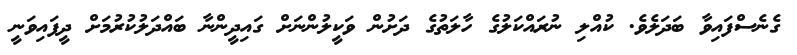
ގެނެސްފައިވާ ބަދަލެވެ. ކުއްލި ނުރައްކަލުގެ ހާލަތުގެ ދަށުން ވަކީލުންނަށް ގައިދީންނާ ބައްދަލުކުރުމަށް ދީފައިވަނީ